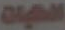
العبيات